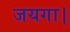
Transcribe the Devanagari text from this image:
जयगा।